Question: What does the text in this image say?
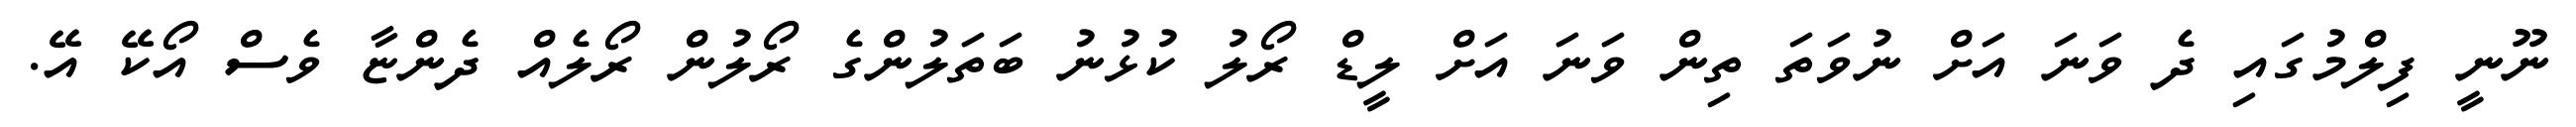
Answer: ނޫނީ ފިލްމުގައި ދެ ވަނަ އަށް ނުވަތަ ތިން ވަނަ އަށް ލީޑް ރޯލު ކުޅުނު ބަތަލުންގެ ރޯލުން ރޯލެއް ދެންޏާ ވެސް އޯކޭ އޭ.